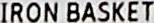
IRON BASKET